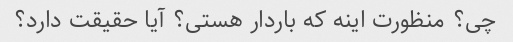
چی؟ منظورت اینه که باردار هستی؟ آیا حقیقت دارد؟